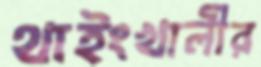
থাইংখালীর